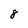
Character: 8